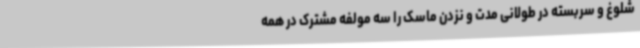
شلوغ و سربسته در طولانی مدت و نزدن ماسک را سه مولفه مشترک در همه